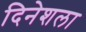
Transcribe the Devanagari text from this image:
दिनेशला